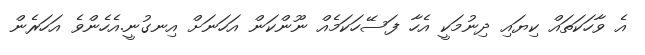
އެ ވާހަކަތައް ކިޔައި ދިނުމަކީ އެހާ ފަސޭހަކަމެއް ނޫންކަން އަހަނަށް އިނގުނީ.އެހެންވެ އަހަރެން